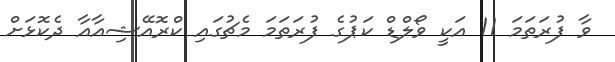
ވާ ފުރަތަމަ 11 އަކީ ވޯލްޑް ކަޕުގެ ފުރަތަމަ މެޗުގައި ކްރޮއޭޝިއާއާ ދެކޮޅަށް